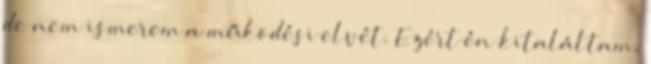
de nem ismerem a működési elvét. Ezért én kitaláltam,